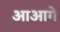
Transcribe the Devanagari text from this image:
आआगे